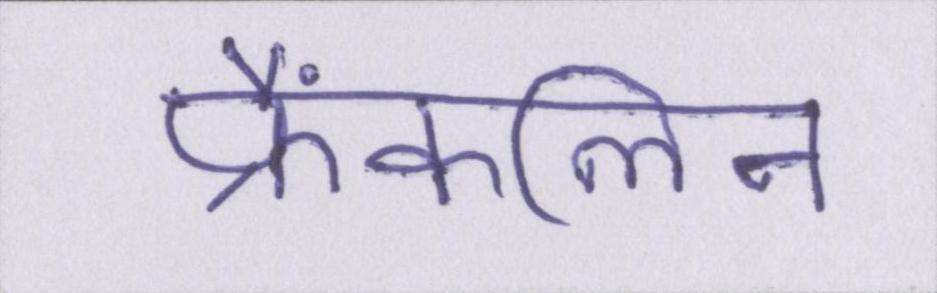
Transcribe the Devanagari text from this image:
फ्रैंकलिन